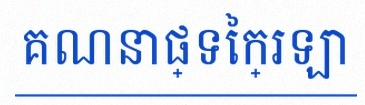
គណនាផ្ទៃក្រឡា